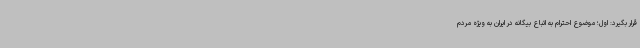
قرار بگیرد: اول؛ موضوع احترام به اتباع بیگانه در ایران به ویژه مردم